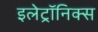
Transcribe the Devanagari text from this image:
इलेट्रॉनिक्स